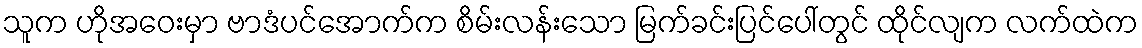
သူက ဟိုအဝေးမှာ ဗာဒံပင်အောက်က စိမ်းလန်းသော မြက်ခင်းပြင်ပေါ်တွင် ထိုင်လျက လက်ထဲက